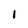
Character: 1